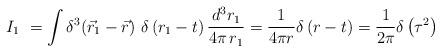
LaTeX: \begin{align*}I_{1}\ = \int \delta^{3}\!\left({\vec{r}_{1} -\vec r}\right)\,\delta \left(r_{1}-t\right)\frac{d^{3}r_{1}}{4\pi\,r_{1}} =\frac{1}{4\pi r}\delta\left(r-t\right)=\frac{1}{2\pi}\delta\left(\tau^2\right)\end{align*}